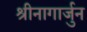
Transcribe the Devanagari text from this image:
श्रीनागार्जुन